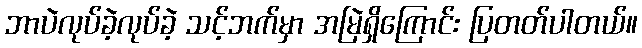
ဘာပဲလုပ်ခဲ့လုပ်ခဲ့ သင့်ဘက်မှာ အမြဲရှိကြောင်း ပြတတ်ပါတယ်။